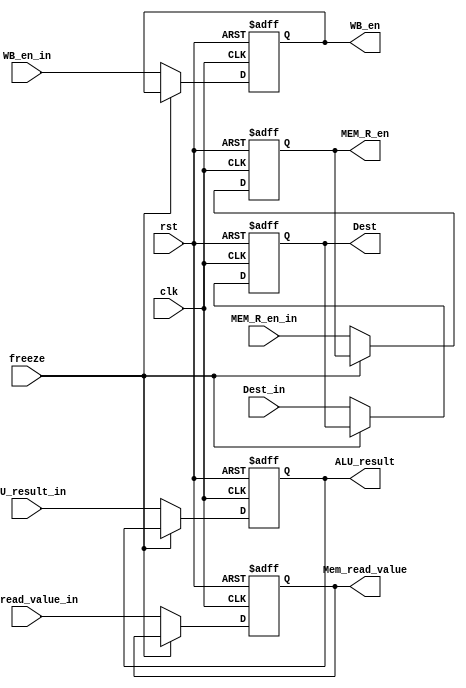
////////////////////////////////////////////////////////////////////////////////
//                              ARM Architecture:	                    		      //		
// 		                        Memory Stage Register			                         //
// Revision by:	Amirmahdi Joudi							                                        //
////////////////////////////////////////////////////////////////////////////////

module MEM_Stage_Reg(
  input clk, rst, freeze, WB_en_in, MEM_R_en_in,
  input [31:0] ALU_result_in, Mem_read_value_in,
  input[3:0] Dest_in,
  output reg WB_en, MEM_R_en,
  output reg[31:0] ALU_result, Mem_read_value,
  output reg[3:0] Dest
);
  
  always@(posedge clk , posedge rst)
  begin
    if (rst == 1'b1) begin
      WB_en <= 1'b0;
      MEM_R_en <= 1'b0;
      ALU_result <= 32'b0;
      Mem_read_value <= 32'b0;
      Dest <= 4'b0;
    end
    else if(freeze == 1'b0) begin
      WB_en <= WB_en_in;
      MEM_R_en <= MEM_R_en_in;
      ALU_result <= ALU_result_in;
      Mem_read_value <= Mem_read_value_in;
      Dest <= Dest_in;
    end 
  end
endmodule